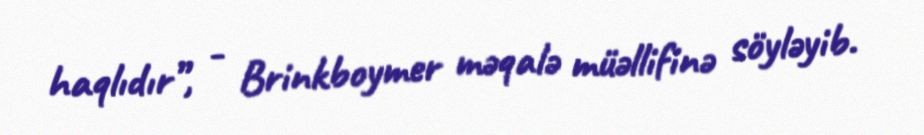
haqlıdır”, - Brinkboymer məqalə müəllifinə söyləyib.